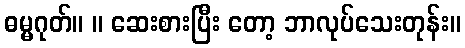
ဓမ္မဂုတ်။ ။ ဆေးစားပြီး တော့ ဘာလုပ်သေးတုန်း။